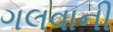
ગલવાની